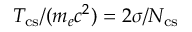
T _ { \mathrm { c s } } / ( m _ { e } c ^ { 2 } ) = 2 \sigma / N _ { \mathrm { c s } }